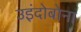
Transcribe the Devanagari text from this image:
उइंदोबोना